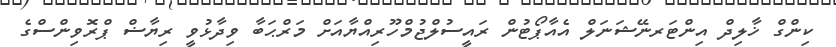
ކިންގް ޚާލިދް އިންޓަރނޭޝަނަލް އެއާޕޯޓުން ރައީސުލްޖުމްހޫރިއްޔާއަށް މަރްޙަބާ ވިދާޅުވީ ރިޔާޟް ޕްރޮވިންސްގެ